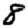
Digit: 8